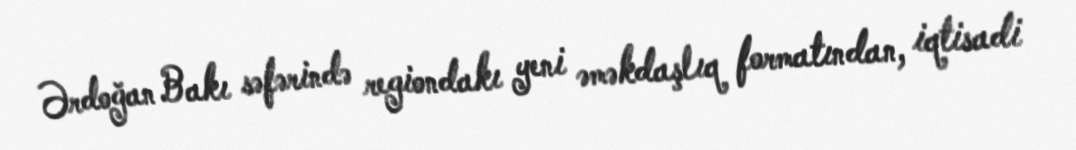
Ərdoğan Bakı səfərində regiondakı yeni əməkdaşlıq formatından, iqtisadi